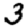
Digit: 3